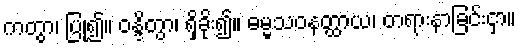
ကတွာ၊ ပြု၍။ ဝန္ဒိတွာ၊ ရှိခိုး၍။ ဓမ္မသဝနတ္ထာယ၊ တရားနာခြင်းငှာ။